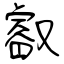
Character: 叡